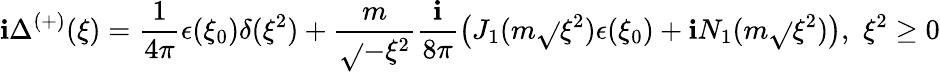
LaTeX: \mathbf{i}\Delta^{\left(+\right)}(\xi)=\frac{{1}}{{4\pi}}\epsilon(\xi_{0})\delta(\xi^{2})+\frac{{m}}{{\sqrt{}{{-\xi^{2}}}}}\frac{{\mathbf{i}}}{{8\pi}}\left(J_{1}(m\sqrt{}{{\xi^{2}}})\epsilon(\xi_{0})+\mathbf{i}N_{1}(m\sqrt{}{{\xi^{2}}})\right),\, \, \xi^{2}\geq0